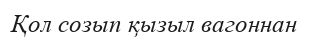
Қол созып қызыл вагоннан